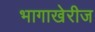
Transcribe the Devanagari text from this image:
भागाखेरीज